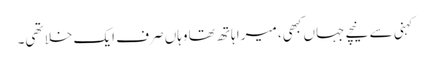
کہنی سے نیچے جہاں کبھی، میرا ہاتھ تھا وہاں صرف ایک خلا تھی۔